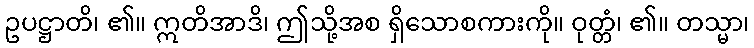
ဥပဋ္ဌာတိ၊ ၏။ ဣတိအာဒိ၊ ဤသို့အစ ရှိသောစကားကို။ ဝုတ္တံ၊ ၏။ တသ္မာ၊